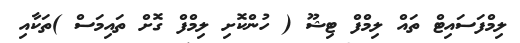
ލިމްފަސައިޓް ތައް ލިމްފް ޓިޝޫ ( ހުންކޮށި ލިމްފް ގޮށް ތައިމަސް )ތަކާއި